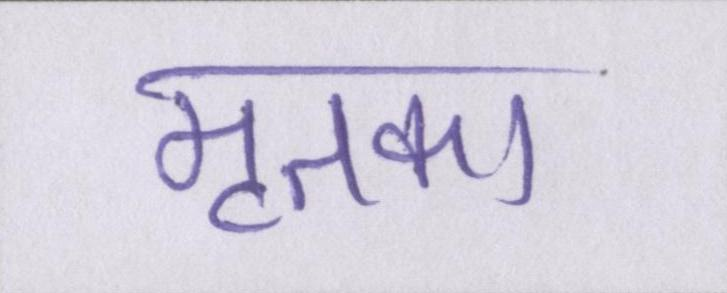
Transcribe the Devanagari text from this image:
मृतका